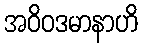
အဝိဝဒမာနာဟိ